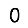
Digit: 0